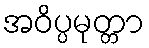
အဝိပ္ပမုတ္တာ